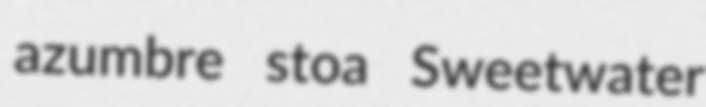
azumbre stoa Sweetwater